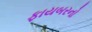
ફાયબરનો